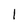
Character: I